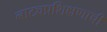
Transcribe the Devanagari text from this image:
नाट्यप्रशिक्षणाची